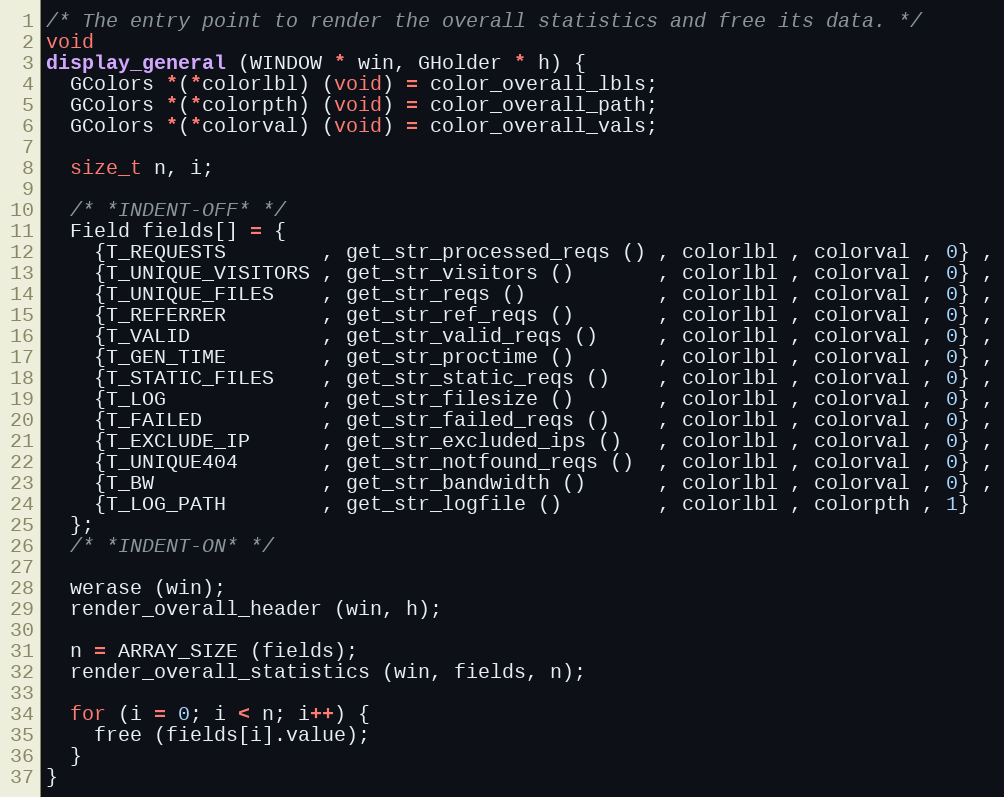
Language: C
/* The entry point to render the overall statistics and free its data. */
void
display_general (WINDOW * win, GHolder * h) {
  GColors *(*colorlbl) (void) = color_overall_lbls;
  GColors *(*colorpth) (void) = color_overall_path;
  GColors *(*colorval) (void) = color_overall_vals;

  size_t n, i;

  /* *INDENT-OFF* */
  Field fields[] = {
    {T_REQUESTS        , get_str_processed_reqs () , colorlbl , colorval , 0} ,
    {T_UNIQUE_VISITORS , get_str_visitors ()       , colorlbl , colorval , 0} ,
    {T_UNIQUE_FILES    , get_str_reqs ()           , colorlbl , colorval , 0} ,
    {T_REFERRER        , get_str_ref_reqs ()       , colorlbl , colorval , 0} ,
    {T_VALID           , get_str_valid_reqs ()     , colorlbl , colorval , 0} ,
    {T_GEN_TIME        , get_str_proctime ()       , colorlbl , colorval , 0} ,
    {T_STATIC_FILES    , get_str_static_reqs ()    , colorlbl , colorval , 0} ,
    {T_LOG             , get_str_filesize ()       , colorlbl , colorval , 0} ,
    {T_FAILED          , get_str_failed_reqs ()    , colorlbl , colorval , 0} ,
    {T_EXCLUDE_IP      , get_str_excluded_ips ()   , colorlbl , colorval , 0} ,
    {T_UNIQUE404       , get_str_notfound_reqs ()  , colorlbl , colorval , 0} ,
    {T_BW              , get_str_bandwidth ()      , colorlbl , colorval , 0} ,
    {T_LOG_PATH        , get_str_logfile ()        , colorlbl , colorpth , 1}
  };
  /* *INDENT-ON* */

  werase (win);
  render_overall_header (win, h);

  n = ARRAY_SIZE (fields);
  render_overall_statistics (win, fields, n);

  for (i = 0; i < n; i++) {
    free (fields[i].value);
  }
}